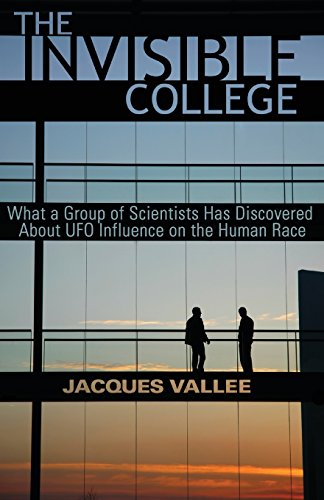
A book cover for The Invisible College: What a Group of Scientists Has Discovered about UFO Influence on the Human Race; Jacques Vallee; Science & Math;